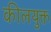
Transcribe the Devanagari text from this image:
कीलयुक्त